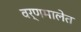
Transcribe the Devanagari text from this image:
वर्णमालेत